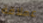
عملاقة